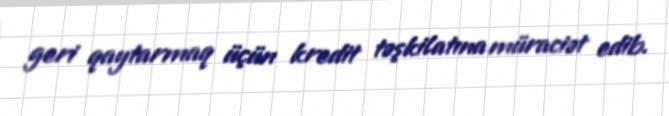
geri qaytarmaq üçün kredit təşkilatına müraciət edib.